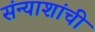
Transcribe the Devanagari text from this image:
संन्याशांची